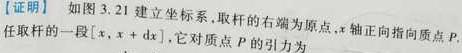
【证明】如图 3.21 建立坐标系, 取杆的右端为原点, $x$ 轴正指向质点 $P$, 任取杆的一段 $[x, x+\mathrm{d}x]$, 它对质点 $P$ 的引力为